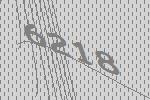
6218